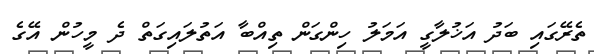
ތެރޭގައި ބަދު އަޚުލާގީ އަމަލު ހިންގަން ތިއްބާ އަތުލައިގަތް ދެ މީހުން އޭގެ